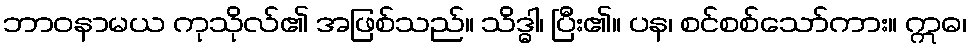
ဘာဝနာမယ ကုသိုလ်၏ အဖြစ်သည်။ သိဒ္ဓါ၊ ပြီး၏။ ပန၊ စင်စစ်သော်ကား။ ဣဓ၊